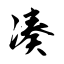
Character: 凑